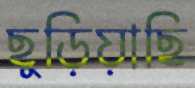
ছুড়িয়াছি